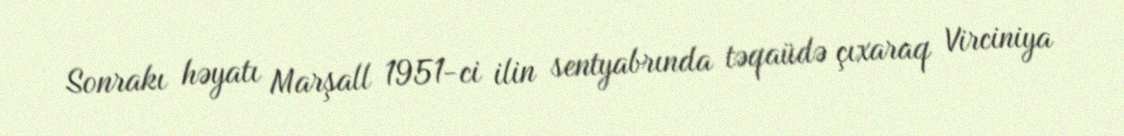
Sonrakı həyatı Marşall 1951-ci ilin sentyabrında təqaüdə çıxaraq Virciniya